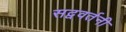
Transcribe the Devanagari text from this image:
सद्ववर्तनी